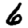
Digit: 6